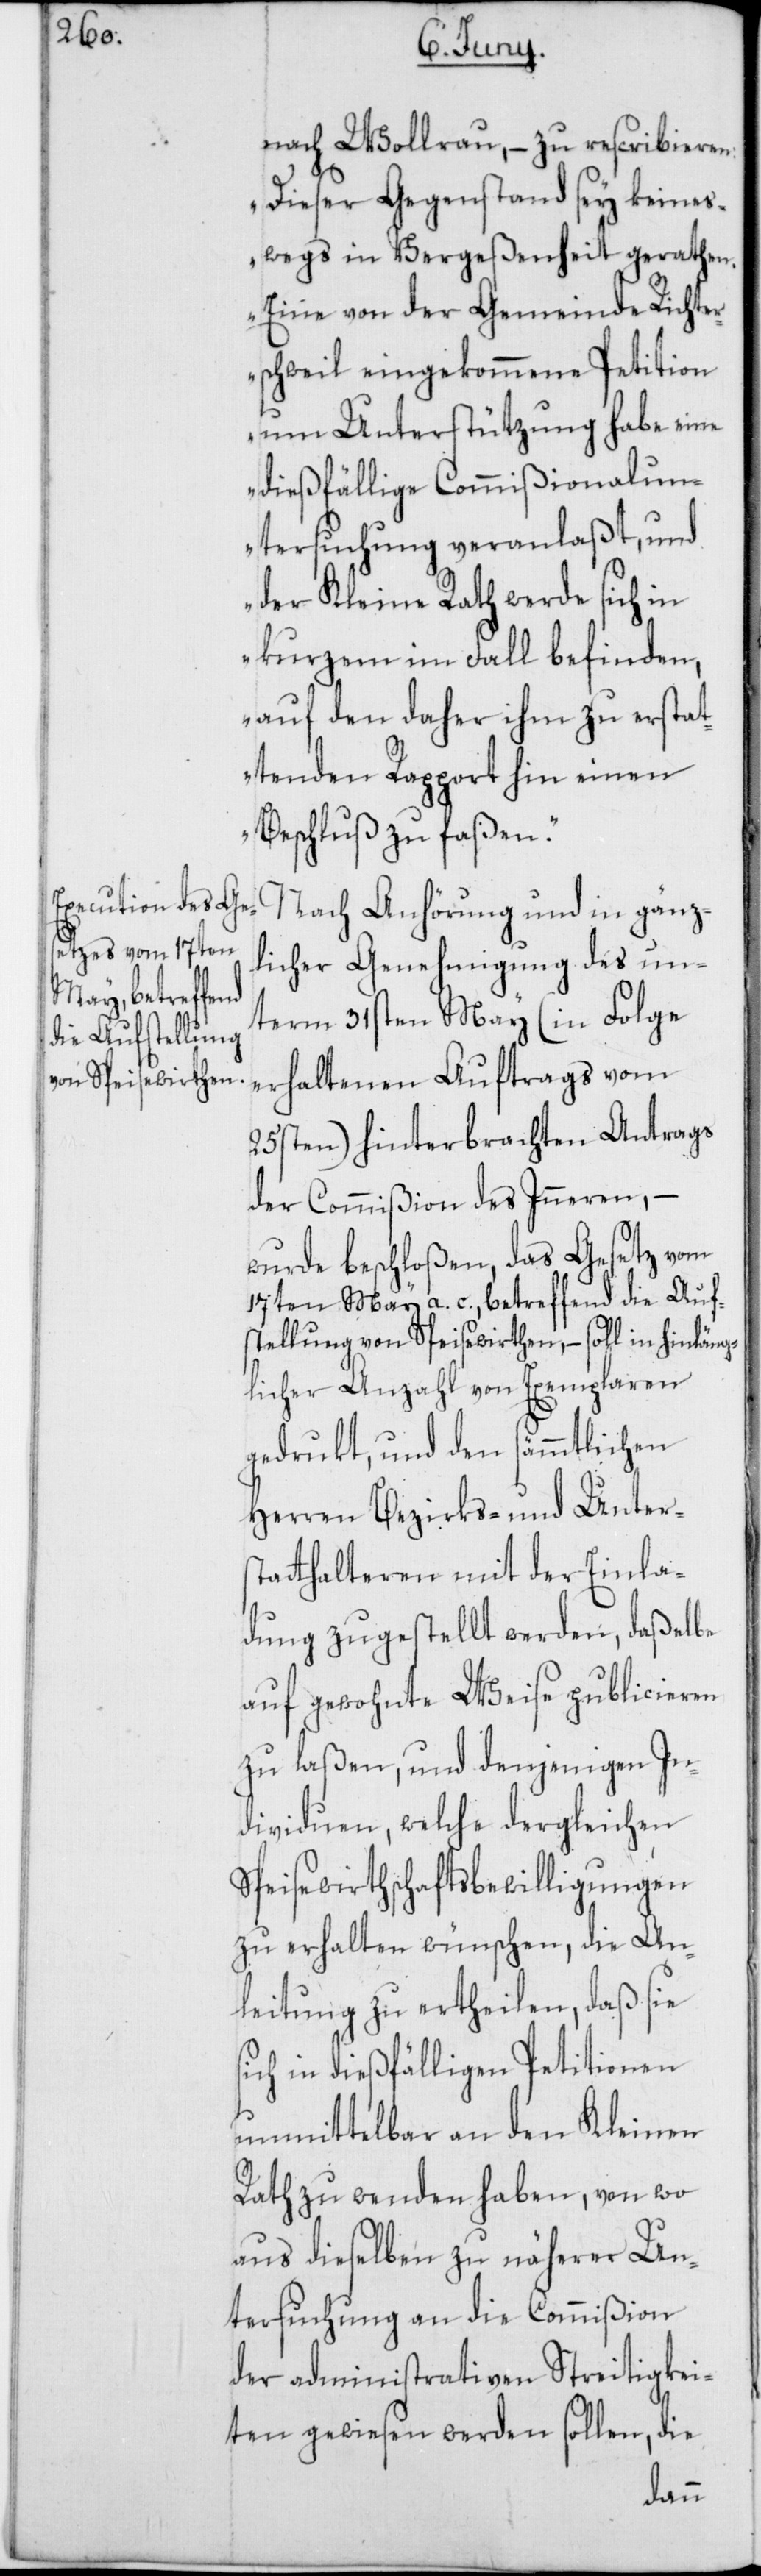
nach Wollerau, – zu rescribieren:
„Dieser Gegenstand sey keines¬
wegs in Vergeßenheit gerathen.
Eine von der Gemeinde Richter¬
schweil eingekommene Petition
um Unterstützung habe eine
dießfällige Commißionalun¬
tersuchung veranlaßt, und
der Kleine Rath werde sich in
kurzem im Fall befinden,
auf den daher ihm zu erstat¬
tenden Rapport hin einen
Beschluß zu faßen.“
Nach Anhörung und in gänz¬
licher Genehmigung des un¬
term 31sten May (in Folge
erhaltenen Auftrags vom
25sten) hinterbrachten Antrags
der Commißion des Inneren, –
wurde beschloßen, das Gesetz vom
17ten May a. c., betreffend die Auf¬
stellung von Speisewirthen, – soll in hinläng¬
licher Anzahl von Exemplaren
gedrukt, und den sämmtlichen
Herren Bezirks- und Unters¬
tatthalteren mit der Einla¬
dung zugestellt werden, daßelbe
auf gewohnte Weise publicieren
zu laßen, und denjenigen In¬
dividuen, welche dergleichen
Speisewirthschaftsbewilligungen
zu erhalten wünschen, die An¬
leitung zu ertheilen, daß sie
sich in dießfälligen Petitionen
unmittelbar an den Kleinen
Rath zu wenden haben, von wo
aus dieselben zu näherer Un¬
tersuchung an die Commißion
der administrativen Streitigkei¬
ten gewiesen werden sollen, die